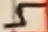
Text: 5